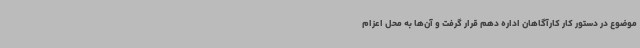
موضوع در دستور کار کارآگاهان اداره دهم قرار گرفت و آن‌ها به محل اعزام